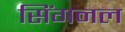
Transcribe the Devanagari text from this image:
सिंगनल